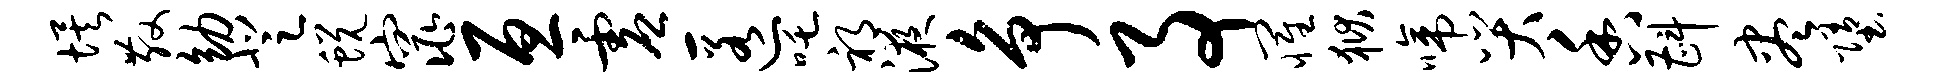
埃散幼登蜕窕亘虚匿吒祁液争事罹狱啼哭香斟尽堕